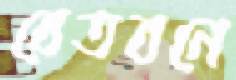
বেতবনে